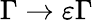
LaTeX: \Gamma\rightarrow\varepsilon\Gamma